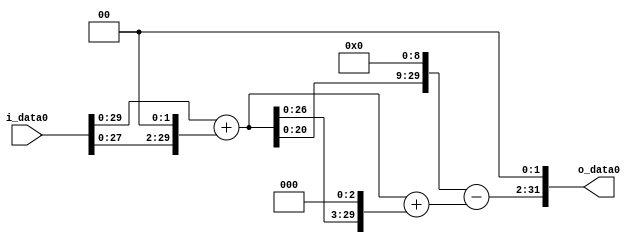
module multiplier_block (
    i_data0,
    o_data0
);

  // Port mode declarations:
  input   [31:0] i_data0;
  output  [31:0]
    o_data0;

  //Multipliers:

  wire [31:0]
    w1,
    w4,
    w5,
    w40,
    w45,
    w2560,
    w2515,
    w10060;

  assign w1 = i_data0;
  assign w10060 = w2515 << 2;
  assign w2515 = w2560 - w45;
  assign w2560 = w5 << 9;
  assign w4 = w1 << 2;
  assign w40 = w5 << 3;
  assign w45 = w5 + w40;
  assign w5 = w1 + w4;

  assign o_data0 = w10060;

  //multiplier_block area estimate = 5119.32965016029;
endmodule